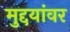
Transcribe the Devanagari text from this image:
मुद्दयांवर